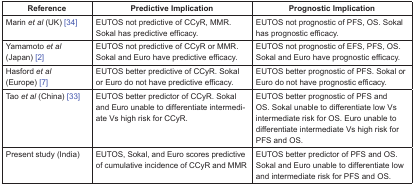
<table><thead><tr><td><b>Reference</b></td><td><b>Predictive Implication</b></td><td><b>Prognostic Implication</b></td></tr></thead><tbody><tr><td>Marin <i>et al</i> (UK) [34]</td><td>EUTOS not predictive of CCyR, MMR. Sokal has predictive efficacy.</td><td>EUTOS not prognostic of PFS, OS. Sokal has prognostic efficacy.</td></tr><tr><td>Yamamoto <i>et al</i>(Japan) [2]</td><td>EUTOS not predictive of CCyR or MMR. Sokal and Euro have predictive efficacy.</td><td>EUTOS not prognostic of EFS, PFS, OS. Sokal and Euro have prognostic efficacy.</td></tr><tr><td>Hasford <i>et al</i>(Europe) [7]</td><td>EUTOS better predictive of CCyR. Sokal or Euro do not have predictive efficacy.</td><td>EUTOS better prognostic of PFS. Sokal or Euro do not have prognostic efficacy.</td></tr><tr><td>Tao <i>et al</i> (China) [33]</td><td>EUTOS better predictor of CCyR. Sokal and Euro unable to differentiate intermediate Vs high risk for CCyR.</td><td>EUTOS better prognostic of PFS and OS. Sokal unable to differentiate low Vs intermediate risk for OS. Euro unable to differentiate intermediate Vs high risk for PFS and OS.</td></tr><tr><td>Present study (India)</td><td>EUTOS, Sokal, and Euro scores predictive of cumulative incidence of CCyR and MMR</td><td>EUTOS better predictor of PFS and OS. Sokal and Euro unable to differentiate low and intermediate risk for PFS and OS.</td></tr></tbody></table>